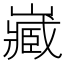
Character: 𡾻